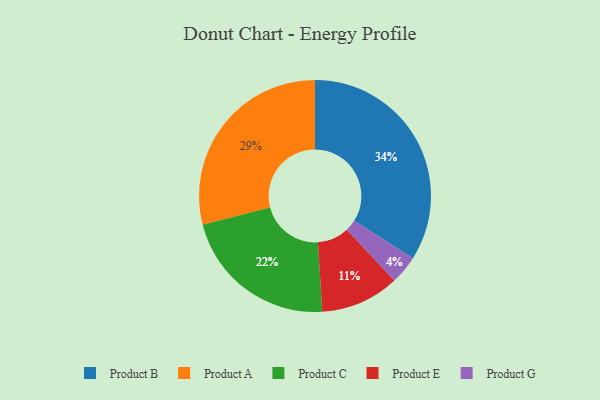
{"axis": {"x": "Category", "y": "Percentage"}, "legend": ["Product A", "Product B", "Product C", "Product E", "Product G"], "data": [{"x": "Product A", "y": 29, "type": "Product A"}, {"x": "Product C", "y": 22, "type": "Product C"}, {"x": "Product B", "y": 34, "type": "Product B"}, {"x": "Product E", "y": 11, "type": "Product E"}, {"x": "Product G", "y": 4, "type": "Product G"}]}